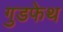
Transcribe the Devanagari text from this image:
गुडफेथ